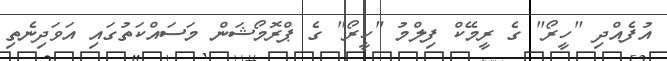
އުފެއްދި "ހީރޯ" ގެ ރީމޭކް ފިލްމު "ހީރޯ" ގެ ޕްރޮމޯޝަން މަސައްކަތުގައި އަވަދިނެތި